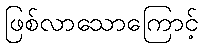
ဖြစ်လာသောကြောင့်